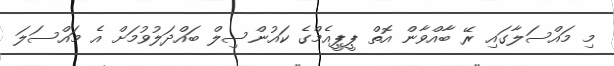
މި މައްސަލާގައި ރޭ ބާއްވާން އޮތް ޕީޕީއެމްގެ ކައުންސިލް ބައްދަލުވުމަށް އެ މައްސަލަ